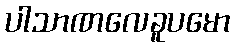
ပါသာဏလေခူပမော